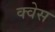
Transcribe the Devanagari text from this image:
क्वेस